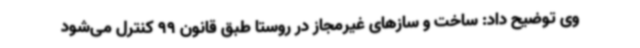
وی توضیح داد: ساخت و سازهای غیرمجاز در روستا طبق قانون 99 کنترل می‌شود